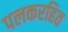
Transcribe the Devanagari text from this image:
पलकरहित